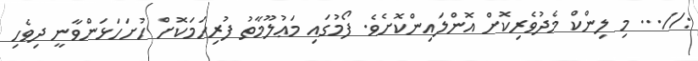
://... މި ލިންކް މެދުވެރިކޮށް އޮންލައިންކޮށެވެ. ފޯމުގައި މަޢުލޫމާތު ފުރިހަމަކޮށް ހުށަހަޅަންވާނީ ދިވެހި